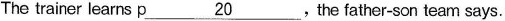
The trainer learns p\underline{20}, the father-son team says.